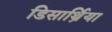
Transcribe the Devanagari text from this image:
डिसार्थ्रिया